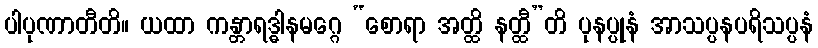
ပါပုဏာတီတိ။ ယထာ ကန္တာရဒ္ဓါနမဂ္ဂေ “စောရာ အတ္ထိ နတ္ထီ”တိ ပုနပ္ပုနံ အာသပ္ပနပရိသပ္ပနံ